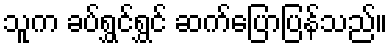
သူက ခပ်ရွှင်ရွှင် ဆက်ပြောပြန်သည်။